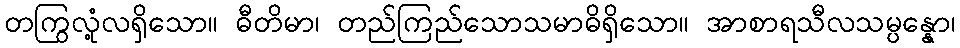
တကြွလုံ့လရှိသော။ ဓီတိမာ၊ တည်ကြည်သောသမာဓိရှိသော။ အာစာရသီလသမ္ပန္နော၊